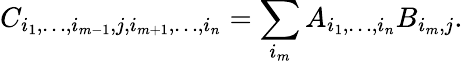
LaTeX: C_{i_{1},\ldots,i_{m-1},j,i_{m+1},\ldots,i_{n}}=\sum_{i_{m}}A_{i_{1},\ldots,i_{n}}B_{i_{m},j}.